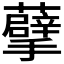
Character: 𮓂